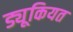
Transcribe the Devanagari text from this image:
ड्यूकियत